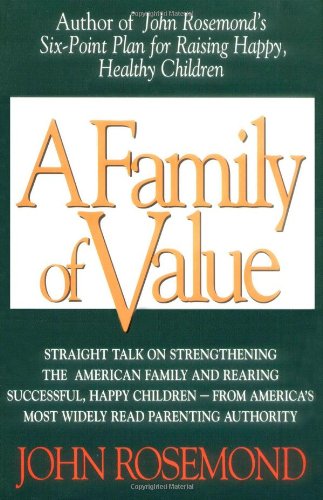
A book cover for A Family of Value; John Rosemond; Parenting & Relationships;